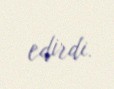
edirdi.